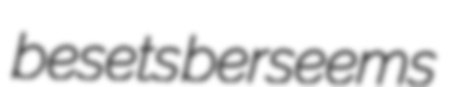
besets berseems